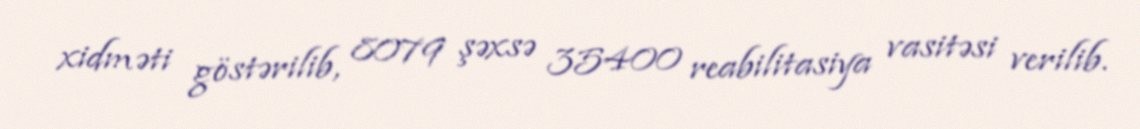
xidməti göstərilib, 8079 şəxsə 35400 reabilitasiya vasitəsi verilib.